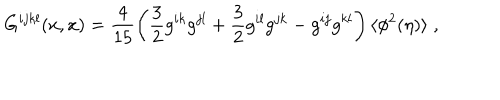
LaTeX: G ^ { i j k l } ( x , x ) = \frac { 4 } { 1 5 } \left( \frac { 3 } { 2 } g ^ { i k } g ^ { j l } + \frac { 3 } { 2 } g ^ { i l } g ^ { j k } - g ^ { i j } g ^ { k l } \right) \langle \phi ^ { 2 } ( \eta ) \rangle \; ,